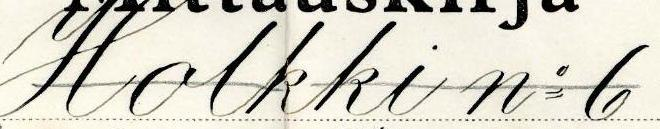
Holkki n= 6